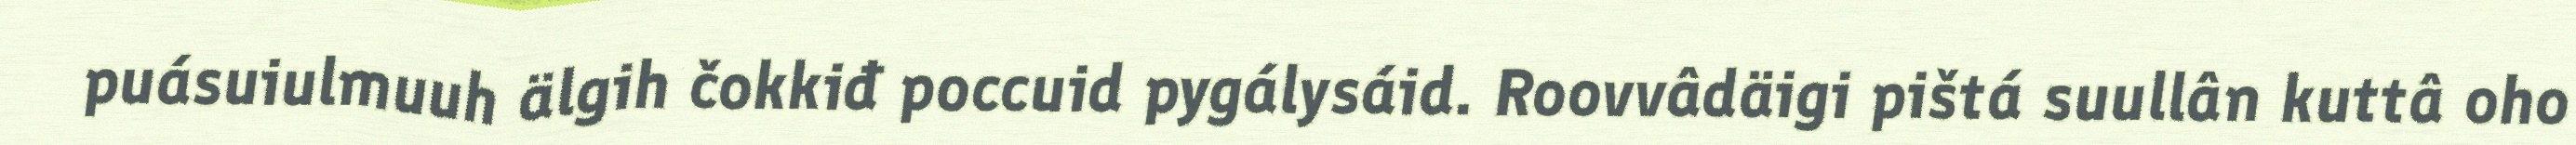
puásuiulmuuh älgih čokkiđ poccuid pygálysáid. Roovvâdäigi pištá suullân kuttâ oho